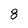
Character: 8